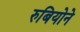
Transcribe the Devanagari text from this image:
रुबियोने